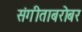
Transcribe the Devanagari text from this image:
संगीताबरोबर